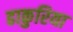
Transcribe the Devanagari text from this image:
ढाकुरिया